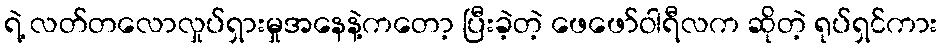
ရဲ့ လတ်တလောလှုပ်ရှားမှုအနေနဲ့ကတော့ ပြီးခဲ့တဲ့ ဖေဖော်ဝါရီလက ဆိုတဲ့ ရုပ်ရှင်ကား